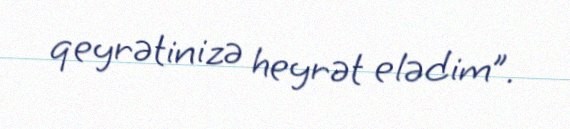
qeyrətinizə heyrət elədim”.